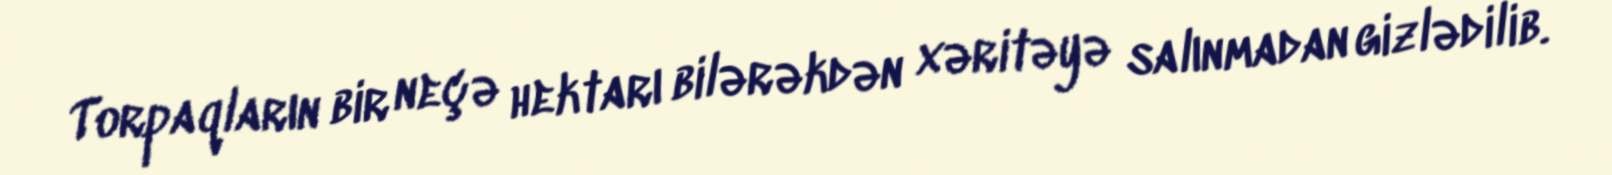
Torpaqların bir neçə hektarı bilərəkdən xəritəyə salınmadan gizlədilib.